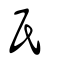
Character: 氏